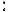
: